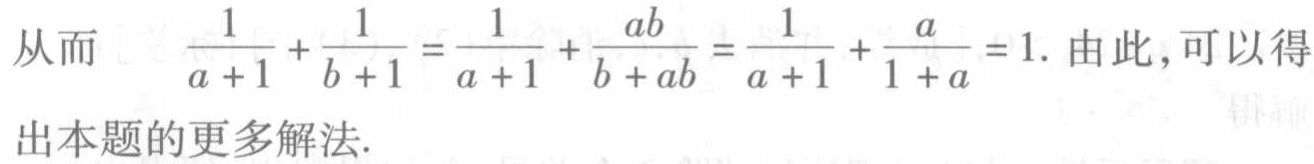
从而 \(\frac{1}{a + 1}+\frac{1}{b + 1}=\frac{1}{a + 1}+\frac{ab}{b + ab}=\frac{1}{a + 1}+\frac{a}{1 + a}=1\). 由此，可以得出本题的更多解法.